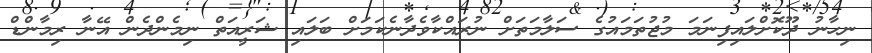
ނިހާނު ދޫކޮށްލައިފިނަމަ މުޖުތަމައުގެ ސަލާމަތަށް ނުރައްކާވެދާނެކަމަށް ބަލައި ޝަރީއަތް ނިމެންދެން އޭނާ ރިމާންޑް